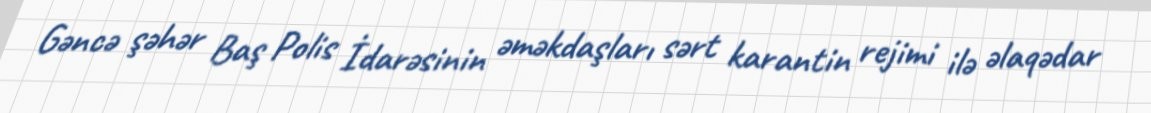
Gəncə şəhər Baş Polis İdarəsinin əməkdaşları sərt karantin rejimi ilə əlaqədar